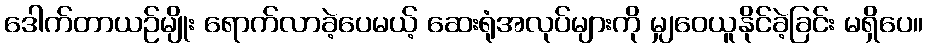
ဒေါက်တာယဉ်မျိုး ရောက်လာခဲ့ပေမယ့် ဆေးရုံအလုပ်များကို မျှဝေယူနိုင်ခဲ့ခြင်း မရှိပေ။